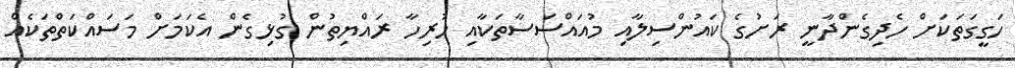
ހަގީގަތަކަށް ހެދިގެންދާނީ ރަށުގެ ކައުންސިލާއި މުއައްސަސާތަކާއި ހުރިހާ ރައްޔިތުން ގުޅިގެން އެކަމަށް މަސައްކަތްތަކެއް